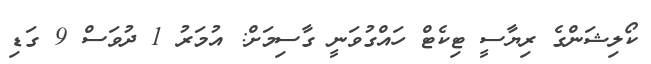
ކޯލިޝަންގެ ރިޔާސީ ޓިކެޓް ހައްގުވަނީ ގާސިމަށް: އުމަރު 1 ދުވަސް 9 ގަޑި